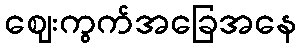
ဈေးကွက်အခြေအနေ